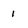
Character: 1